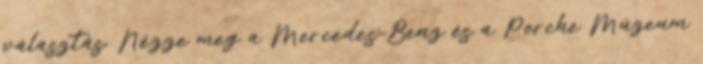
választás. Nézze meg a Mercedes-Benz és a Porche Múzeum